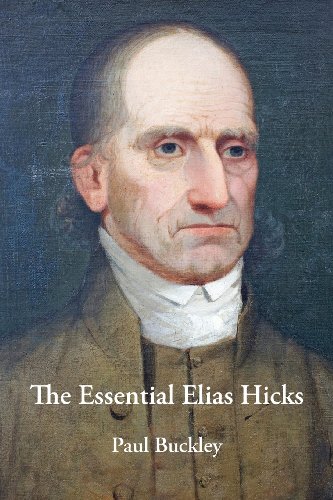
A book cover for The Essential Elias Hicks; Paul Buckley; Christian Books & Bibles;